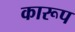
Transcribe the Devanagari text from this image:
कारूप